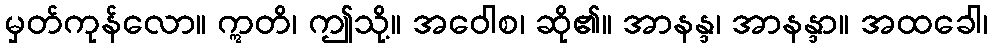
မှတ်ကုန်လော။ ဣတိ၊ ဤသို့။ အဝေါစ၊ ဆို၏။ အာနန္ဒ၊ အာနန္ဒာ။ အထခေါ၊